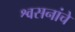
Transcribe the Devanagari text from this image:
श्वसनांचे